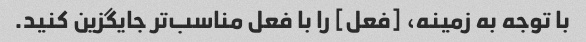
با توجه به زمینه، [فعل] را با فعل مناسب‌تر جایگزین کنید.